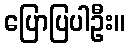
ပြောပြပါဦး။